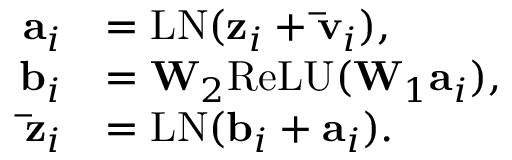
\begin{array} { r l } { \mathbf { a } _ { i } } & { = \mathrm { L N } ( \mathbf { z } _ { i } + \mathbf { \bar { v } } _ { i } ) , } \\ { \mathbf { b } _ { i } } & { = \mathbf { W } _ { 2 } \mathrm { R e L U } ( \mathbf { W } _ { 1 } \mathbf { a } _ { i } ) , } \\ { \mathbf { \bar { z } } _ { i } } & { = \mathrm { L N } ( \mathbf { b } _ { i } + \mathbf { a } _ { i } ) . } \end{array}